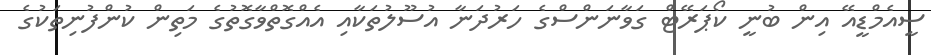
ސީއެމްޑީއޭ އިން ބުނީ ކޯޕަރޭޓް ގަވާނަންސްގެ ހަރުދަނާ އުސޫލުތަކާއި އެއްގޮތްވާގޮތުގެ މަތިން ކުންފުނިތަކުގެ